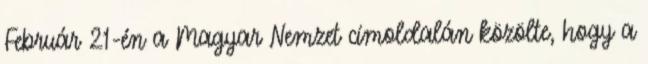
Február 21-én a Magyar Nemzet címoldalán közölte, hogy a